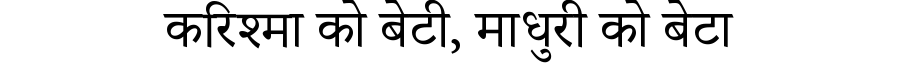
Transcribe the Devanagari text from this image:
करिश्मा को बेटी, माधुरी को बेटा